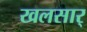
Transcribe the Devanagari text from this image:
खलसार्